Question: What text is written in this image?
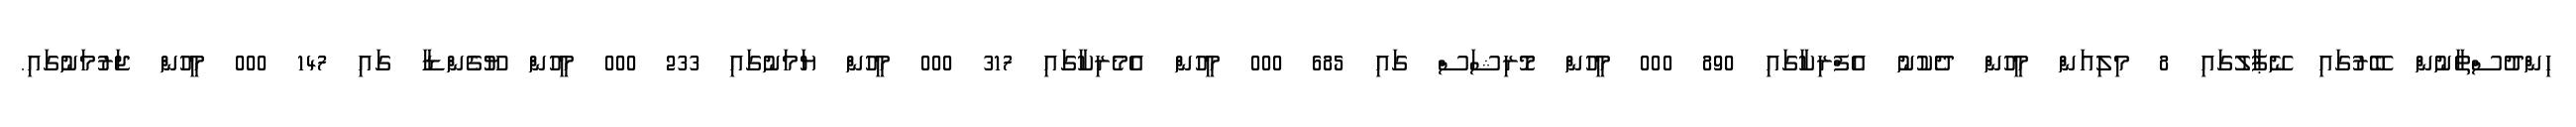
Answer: ހިންދުސްތާނުން ބޭރުގައި ނޭޕާލުގައި 8 މިލިއަން މީހުން ދެކުނު އެފްރިކާގައި 890 000 މީހުން މޮރިޝަސް ގައި 685 000 މީހުން އެމެރިކާގައި 317 000 މީހުން ޔަމަނުގައި 233 000 މީހުން ޔޫގެންޑާ ގައި 147 000 މީހުން ޖަރުމަނުގައި.